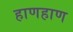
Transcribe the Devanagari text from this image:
हाणहाण